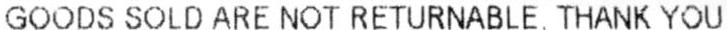
GOODS SOLD ARE NOT RETURNABLE, THANK YOU